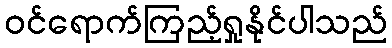
ဝင်ရောက်ကြည့်ရှုနိုင်ပါသည်